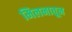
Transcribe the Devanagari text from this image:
मिलनातून